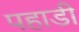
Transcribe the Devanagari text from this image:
पहाडी